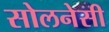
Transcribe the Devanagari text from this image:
सोलनेसी